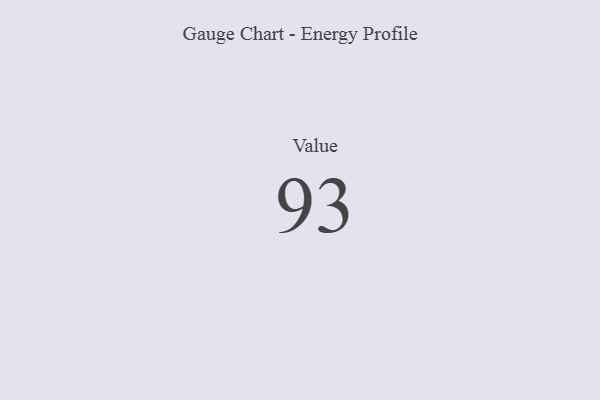
{"axis": {"x": "Metric", "y": "Value"}, "legend": [""], "data": [{"x": "Value", "y": 93, "type": ""}]}